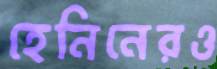
হেনিনেরও